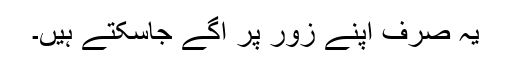
یہ صرف اپنے زور پر آگے جاسکتے ہیں۔